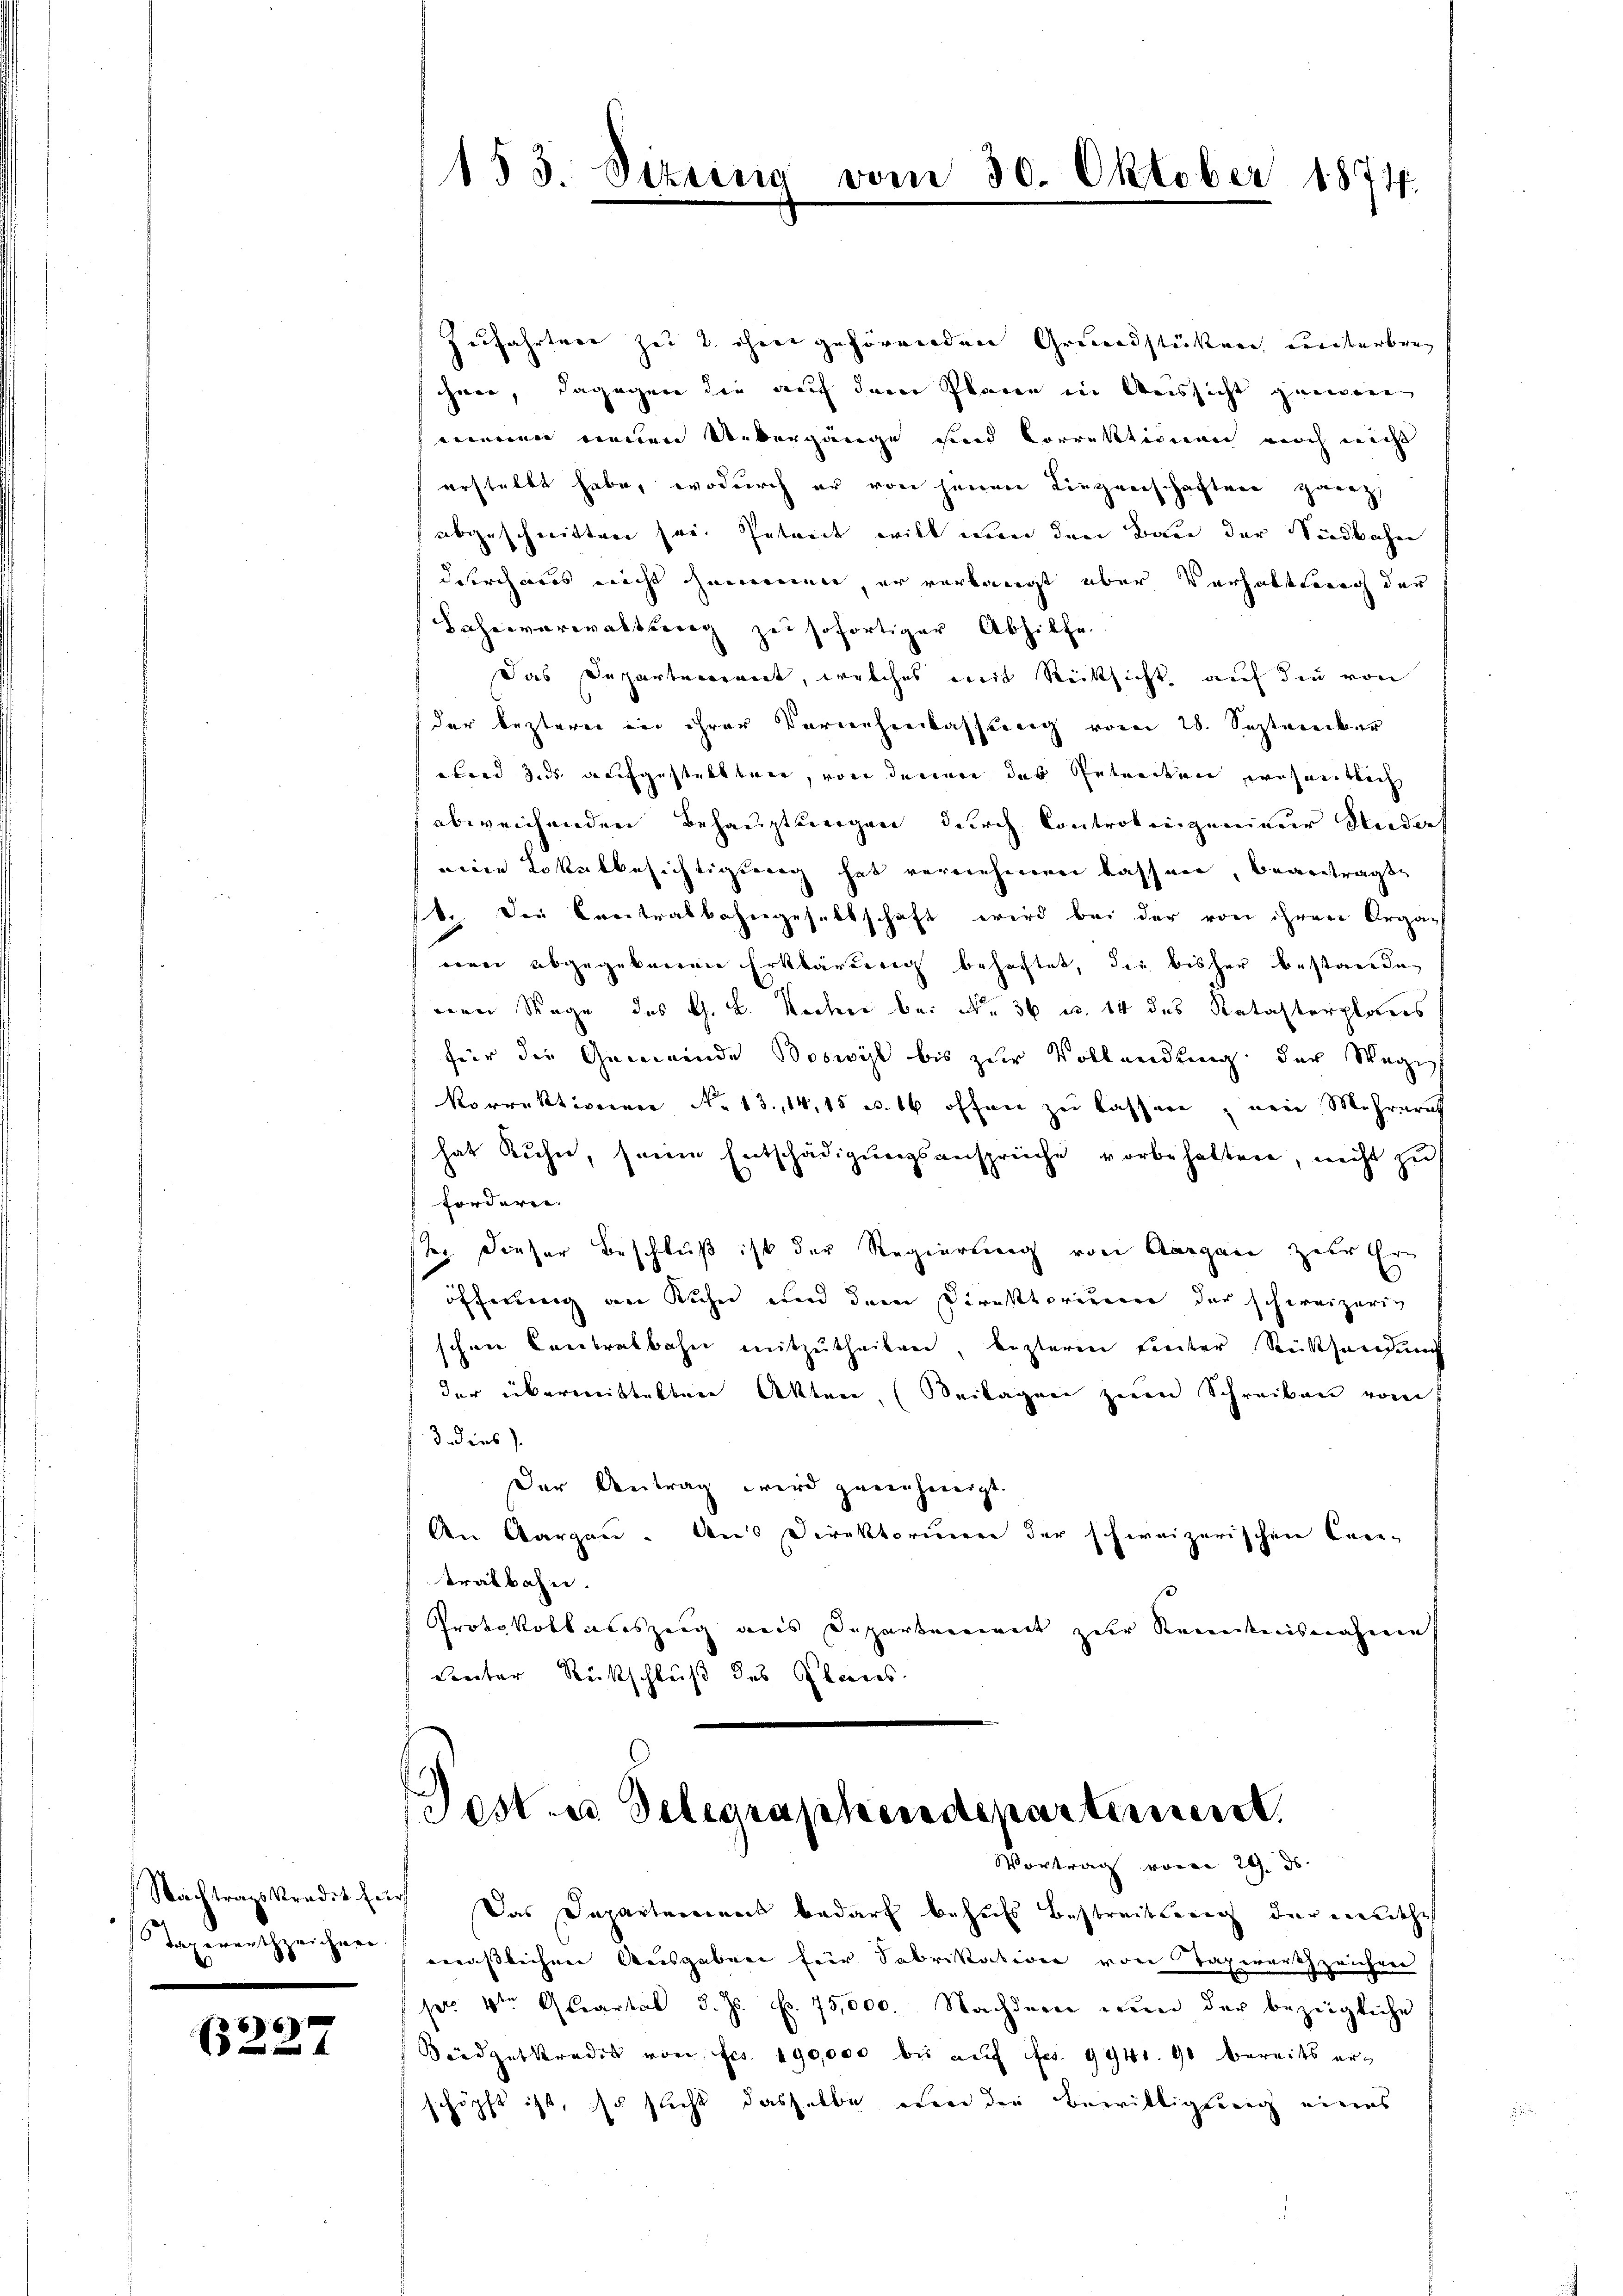
Nachtragskredit fe
Taxerantzeichner

6
f

Zerfahrtere zu 2. ihnen gehörenden Grundstützung weiterbrac
hner, dagegen die auf dem Planen in Aussicht gewere
menen neuen Uebergänge sind Correktionen noch macht
erstellt habe, wodurch er von jenen Liegenschaften ganz,
abgeschritten sei. Intreit will ein den Bau der Siedbahn
durch aus nicht sommen, er verlangt über Verhaltung der
Lahnverwaltung zu sofortiger Abhilfe.
Das Departerrent, welches mit Rücksicht auf die von
der lezterer in ihrer Vernehmlassung vom 28. September
abend 3. ds. aufgestelltene, von dennen das Gebundenen wesentlich
abweichenden Behauptungen durch Controlingenieur Rudorf
eine Lokalbesichtigung hat vereinhereren lassere, beantragte
ft. Die Creitalbahngesellschaft wird bei der von ihrer Organ
rene abgegebenen Erklärung behaftet, die bisher bestande
nen Tage des G. B. Kocher bei No 36 u. 14 des Katasterplans
für die Gemeinde Boswil bis zur Vollendung der Wege
Korrektionen No 13., 14, 15 u. 16 offen zu lassen, wenn Mehreret
hat Kuhn, seine Entschädigungsansprüche vorbehalten, nicht zu
forderen.
ste. Dieser Beschluß ist der Regierung von Aargau zur Ern
öffnung an Kuhn und dem Direktorieren der schweizerig
schen Contralbahn mitzutheilen, lezteren unter Rückhanden
der überwitteltere Akten. (Seitagen zum Schreiben vom
3 dies
Der Antrag wird genehmigt.
den Aargau. Aus Direktorium der schweizerischen Can-
tralbahn.
Protokollaleszeig aus Departenwert zur Kenntnisnahmen
Reter Rückschluß des Planes.

153. Dire

Post u. Telegraphendepartement.

Vortrag vom 29. ds.
Das Departement bedarf behufs Bestreibung der endliche
masslichen Ausgaben für Sabrikation von Taxwerth zeichen
pr 4ten Quartal d. Js. f. 75,000. Nachdem nun der bezeigliche
Badgetkredit von Frs. 190,000 bis auf fert. 994. 90 bereits erschöpft ist, so sicht dasselbe von die Bewilligung eines

Oktober 1874.